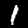
Digit: 1